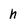
Character: h